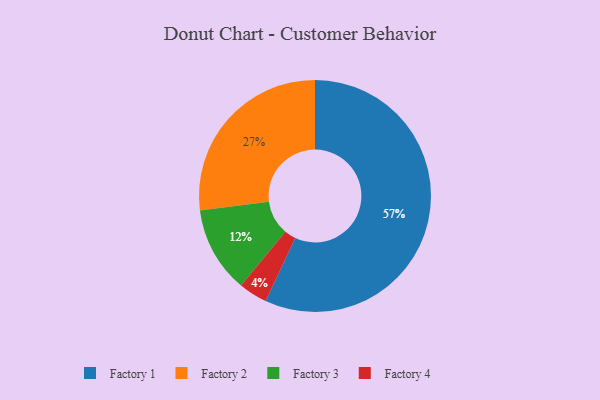
{"axis": {"x": "Category", "y": "Percentage"}, "legend": ["Factory 1", "Factory 2", "Factory 3", "Factory 4"], "data": [{"x": "Factory 2", "y": 27, "type": "Factory 2"}, {"x": "Factory 1", "y": 57, "type": "Factory 1"}, {"x": "Factory 3", "y": 12, "type": "Factory 3"}, {"x": "Factory 4", "y": 4, "type": "Factory 4"}]}